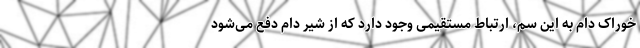
خوراک دام به این سم، ارتباط مستقیمی وجود دارد که از شیر دام دفع می‌شود